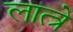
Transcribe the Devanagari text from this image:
लात्त्रे